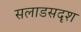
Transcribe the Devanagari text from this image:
सलाडसदृश